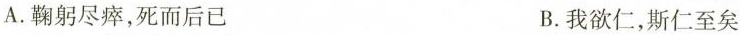
A.鞠躬尽瘁，死而后已 B.我欲仁，斯仁至矣